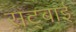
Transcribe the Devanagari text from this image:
सट्बाई